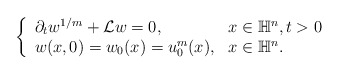
\begin{align*} \left\{ \begin{array}{ll} \partial_t w^{1/m}+ \mathcal{L}w = 0, & x\in \mathbb{H}^n, t>0 \\ w(x,0) = w_0(x) = u_0^m(x), & x \in \mathbb{H}^n. \end{array} \right.\end{align*}